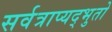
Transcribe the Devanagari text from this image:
सर्वत्राप्यद्भुतो